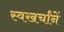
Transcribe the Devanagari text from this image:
स्वखर्चांनें